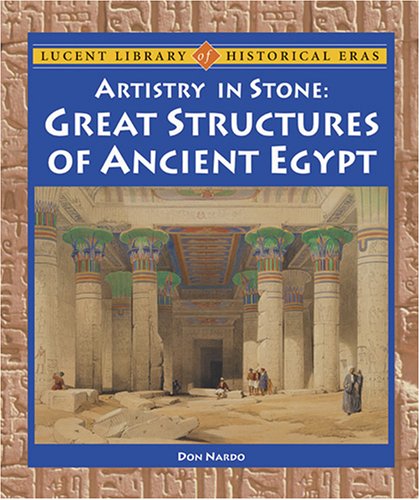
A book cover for Lucent Library of Historical Eras - Artistry in Stone: Great Structures of Ancient Egypt (Lucent Library of Historical Eras); Don Nardo; Teen & Young Adult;